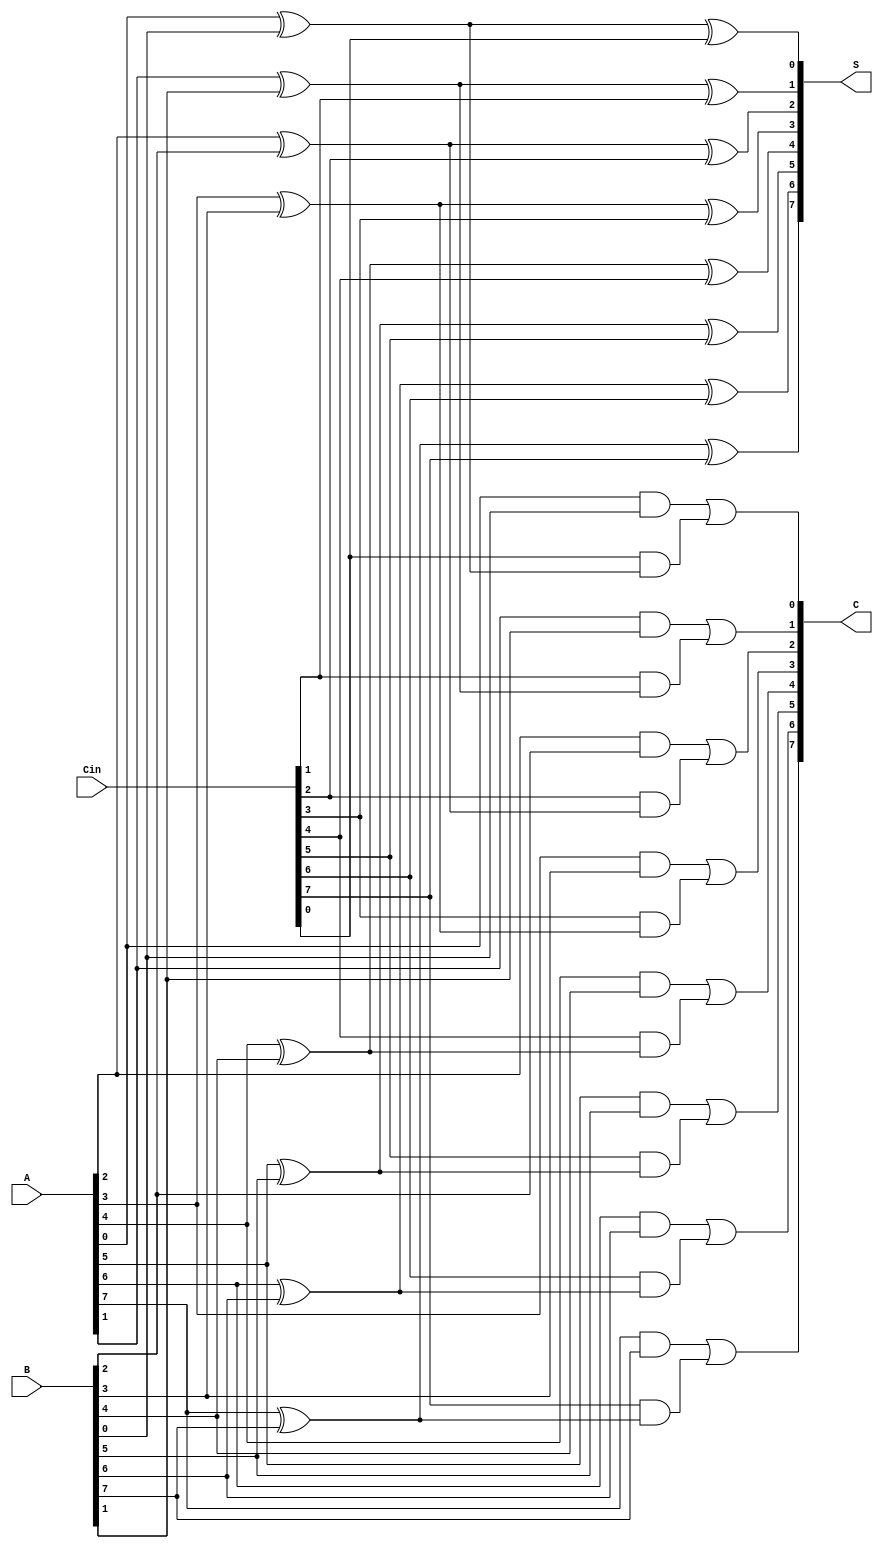
module DynamicCarrySaveAdder (
    input [n-1:0] A,      // Operand A
    input [n-1:0] B,      // Operand B
    input [n-1:0] Cin,    // Carry-in
    output [n-1:0] S,     // Sum output
    output [n-1:0] C      // Carry output
);
    parameter n = 8; // Define the bit-width of the inputs

    // Intermediate signals for carry generation
    wire [n-1:0] P; // Partial sum
    wire [n-1:0] G; // Generate carry

    // Calculate partial sums and carries
    genvar i;
    generate
        for (i = 0; i < n; i = i + 1) begin : CSA_logic
            // Partial sum calculation using XOR
            assign P[i] = A[i] ^ B[i] ^ Cin[i];

            // Carry generation using AND gates
            assign G[i] = (A[i] & B[i]) | (Cin[i] & (A[i] ^ B[i]));
        end
    endgenerate

    // Assign outputs
    assign S = P; // Sum output
    assign C = G; // Carry output

endmodule